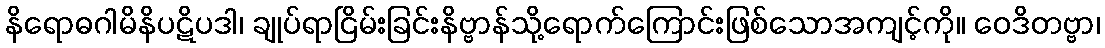
နိရောဓဂါမိနိပဋိပဒါ၊ ချုပ်ရာငြိမ်းခြင်းနိဗ္ဗာန်သို့ရောက်ကြောင်းဖြစ်သောအကျင့်ကို။ ဝေဒိတဗ္ဗာ၊